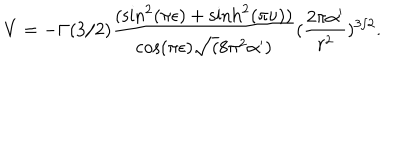
V = - \Gamma ( 3 / 2 ) \frac { ( \sin ^ { 2 } ( \pi \epsilon ) + \sinh ^ { 2 } ( \pi \nu ) ) } { \cos ( \pi \epsilon ) \sqrt ( 8 \pi ^ { 2 } \alpha ^ { \prime } ) } ( \frac { 2 \pi \alpha ^ { \prime } } { r ^ { 2 } } ) ^ { 3 / 2 } .